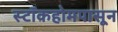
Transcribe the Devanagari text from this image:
स्टॉकहोमपासून